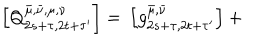
LaTeX: \left[ Q _ { 2 s + \tau , 2 t + \tau ^ { \prime } } ^ { \bar { \mu } , \bar { \nu } , \mu , \nu } \right] = \, \left[ g _ { 2 s + \tau , 2 t + \tau ^ { \prime } } ^ { \bar { \mu } , \bar { \nu } } \right] + \,